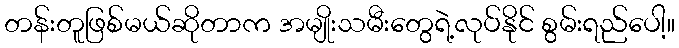
တန်းတူဖြစ်မယ်ဆိုတာက အမျိုးသမီးတွေရဲ့လုပ်နိုင် စွမ်းရည်ပေါ့။